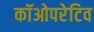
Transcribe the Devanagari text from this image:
कॉओपरेटिव